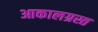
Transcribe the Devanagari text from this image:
आकालग्रस्त